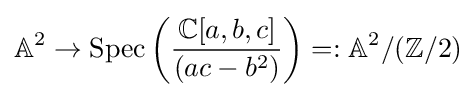
\mathbb {A} ^{2}\to {\text{Spec}}\left({\frac {\mathbb {C} [a,b,c]}{(ac-b^{2})}}\right)=:\mathbb {A} ^{2}/(\mathbb {Z} /2)